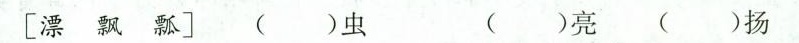
[漂 飘 瓢] ( )虫 ( )亮 ( )扬